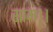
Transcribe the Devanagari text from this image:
साम।।